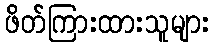
ဖိတ်ကြားထားသူများ